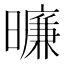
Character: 𬁛